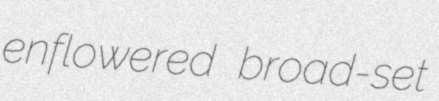
enflowered broad-set